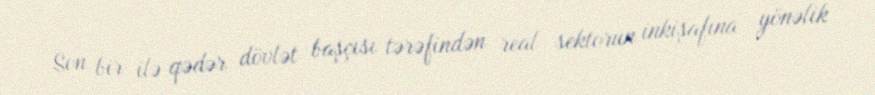
Son bir ilə qədər dövlət başçısı tərəfindən real sektorun inkişafına yönəlik